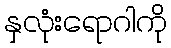
နှလုံးရောဂါကို